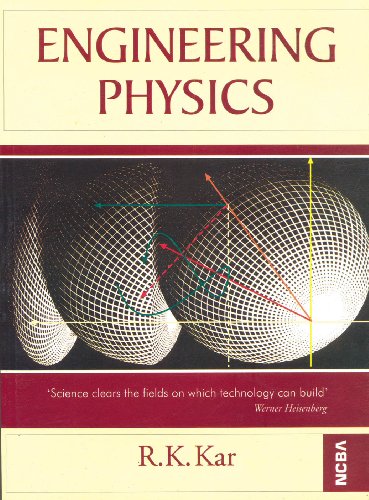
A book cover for Engineering Physics; Ramendra Kumar Kar; Science & Math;